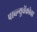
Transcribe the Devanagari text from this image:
पाव्ल्युचेंकोवा